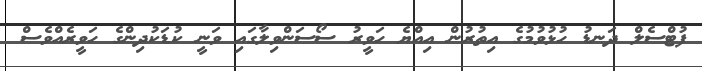
ފުޓްސެލް ދަނޑު ހުޅުވުމުގެ އިތުރުން އިއްޔެ ހަވީރު ސޯސަންވިލާގައި ވަނީ ކުޑަކުދިންގެ ހަވީރެއްވެސް